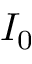
I _ { 0 }